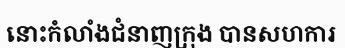
នោះកំលាំងជំនាញក្រុង បានសហការ